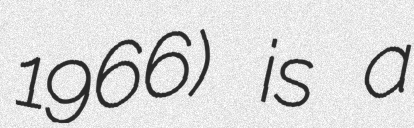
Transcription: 1966) is a